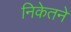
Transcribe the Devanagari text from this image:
निकेतने